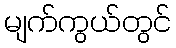
မျက်ကွယ်တွင်